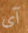
آى